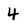
Character: 4